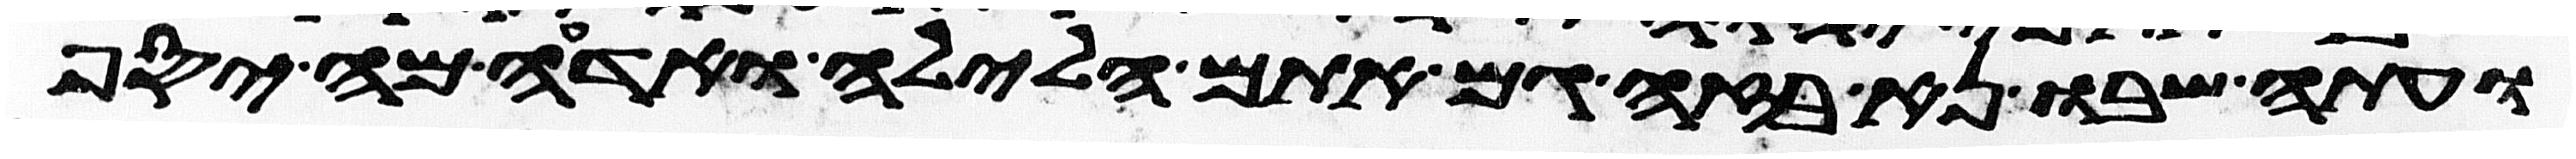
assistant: ועתה שבו נא בזה גם אתם הלילה ואדעה מה יסף